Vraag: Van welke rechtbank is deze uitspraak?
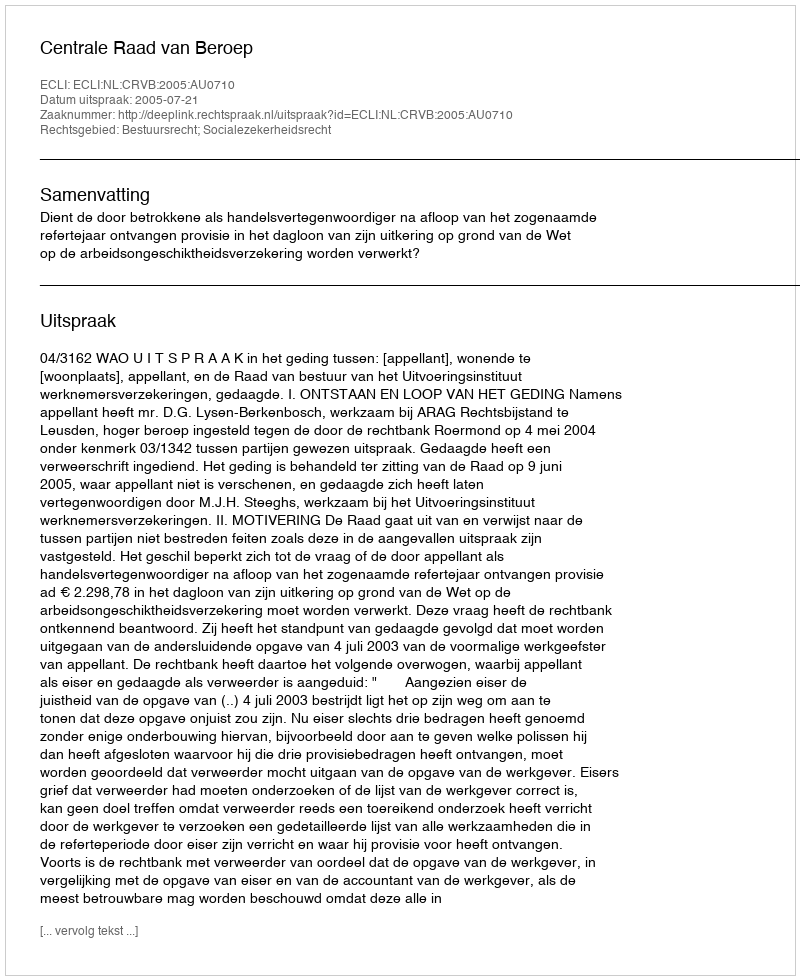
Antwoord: Centrale Raad van Beroep